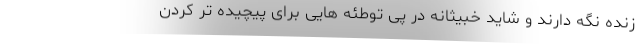
زنده نگه دارند و شاید خبیثانه در پی توطئه هایی برای پیچیده تر کردن